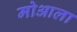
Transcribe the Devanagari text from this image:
मोआला